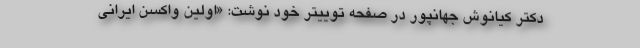
دکتر کیانوش جهانپور در صفحه توییتر خود نوشت: «اولین واکسن ایرانی